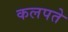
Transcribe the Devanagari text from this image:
कलपते